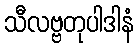
သီလဗ္ဗတုပါဒါနံ